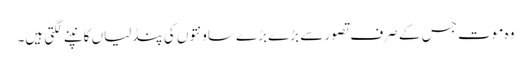
وہ موت جس کے صرف تصور سے بڑے بڑے ساونتوں کی پنڈلیاں کانپنے لگتی ہیں۔